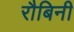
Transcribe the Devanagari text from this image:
रौबिनी